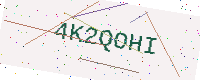
Text: 4K2QOHI